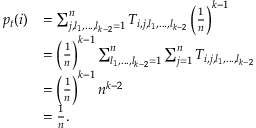
\begin{array} { r l } { p _ { t } ( i ) } & { = \sum _ { j , l _ { 1 } , . . . , l _ { k - 2 } = 1 } ^ { n } T _ { i , j , l _ { 1 } , . . . , l _ { k - 2 } } \left( \frac { 1 } { n } \right) ^ { k - 1 } } \\ & { = \left( \frac { 1 } { n } \right) ^ { k - 1 } \sum _ { l _ { 1 } , . . . , l _ { k - 2 } = 1 } ^ { n } \sum _ { j = 1 } ^ { n } T _ { i , j , l _ { 1 } , . . . , l _ { k - 2 } } } \\ & { = \left( \frac { 1 } { n } \right) ^ { k - 1 } n ^ { k - 2 } } \\ & { = \frac { 1 } { n } . } \end{array}